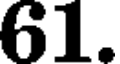
61.